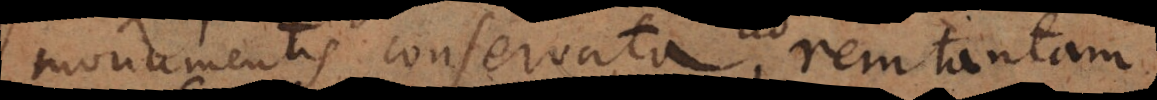
monumentis conservata, rem tantam